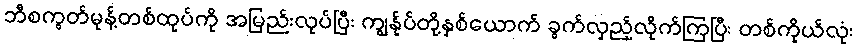
ဘီစကွတ်မုန့်တစ်ထုပ်ကို အမြည်းလုပ်ပြီး ကျွန်ုပ်တို့နှစ်ယောက် ခွက်လှည့်လိုက်ကြပြီး တစ်ကိုယ်လုံး